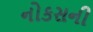
નોકસની